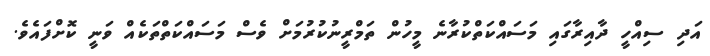
އަދި ސިއްހީ ދާއިރާގައި މަސައްކަތްކުރާނެ މީހުން ތަމްރީނުކުރުމަަށް ވެސް މަސައްކަތްތަކެއް ވަނީ ކޮށްފައެވެ.